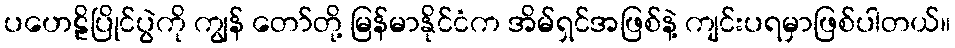
ပဟေဠိပြိုင်ပွဲကို ကျွန် တော်တို့ မြန်မာနိုင်ငံက အိမ်ရှင်အဖြစ်နဲ့ ကျင်းပရမှာဖြစ်ပါတယ်။